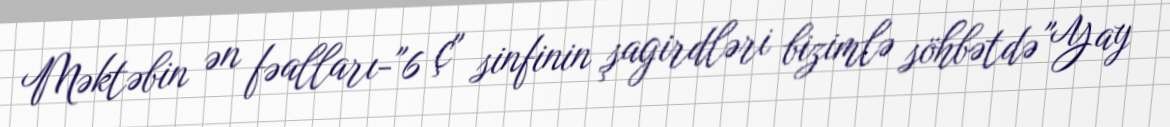
Məktəbin ən fəalları-"6 ç" sinfinin şagirdləri bizimlə söhbətdə "Yay